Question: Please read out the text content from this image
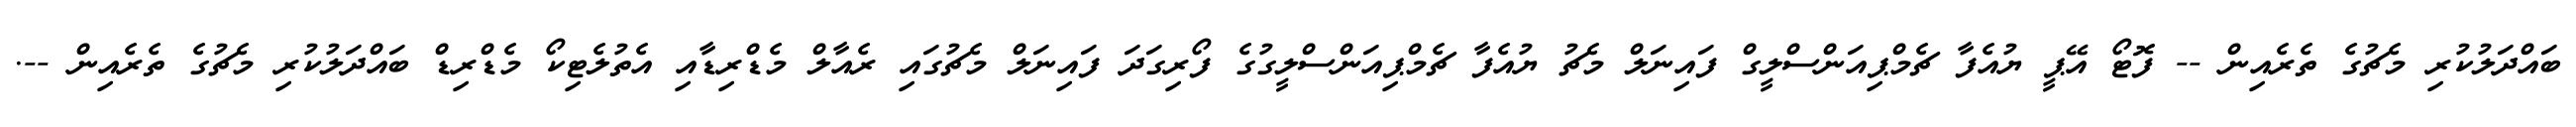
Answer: ބައްދަލުކުރި މެޗުގެ ތެރެއިން -- ފޮޓޯ އޭޕީ ޔުއެފާ ޗެމްޕިއަންސްލީގް ފައިނަލް މެޗު ޔުއެފާ ޗެމްޕިއަންސްލީގުގެ ފޯރިގަދަ ފައިނަލް މެޗުގައި ރެއާލް މެޑްރިޑާއި އެތުލެޓިކޯ މެޑްރިޑް ބައްދަލުކުރި މެޗުގެ ތެރެއިން --.